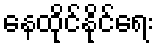
နေထိုင်နိုင်ရေး